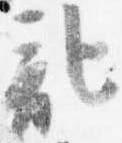
記